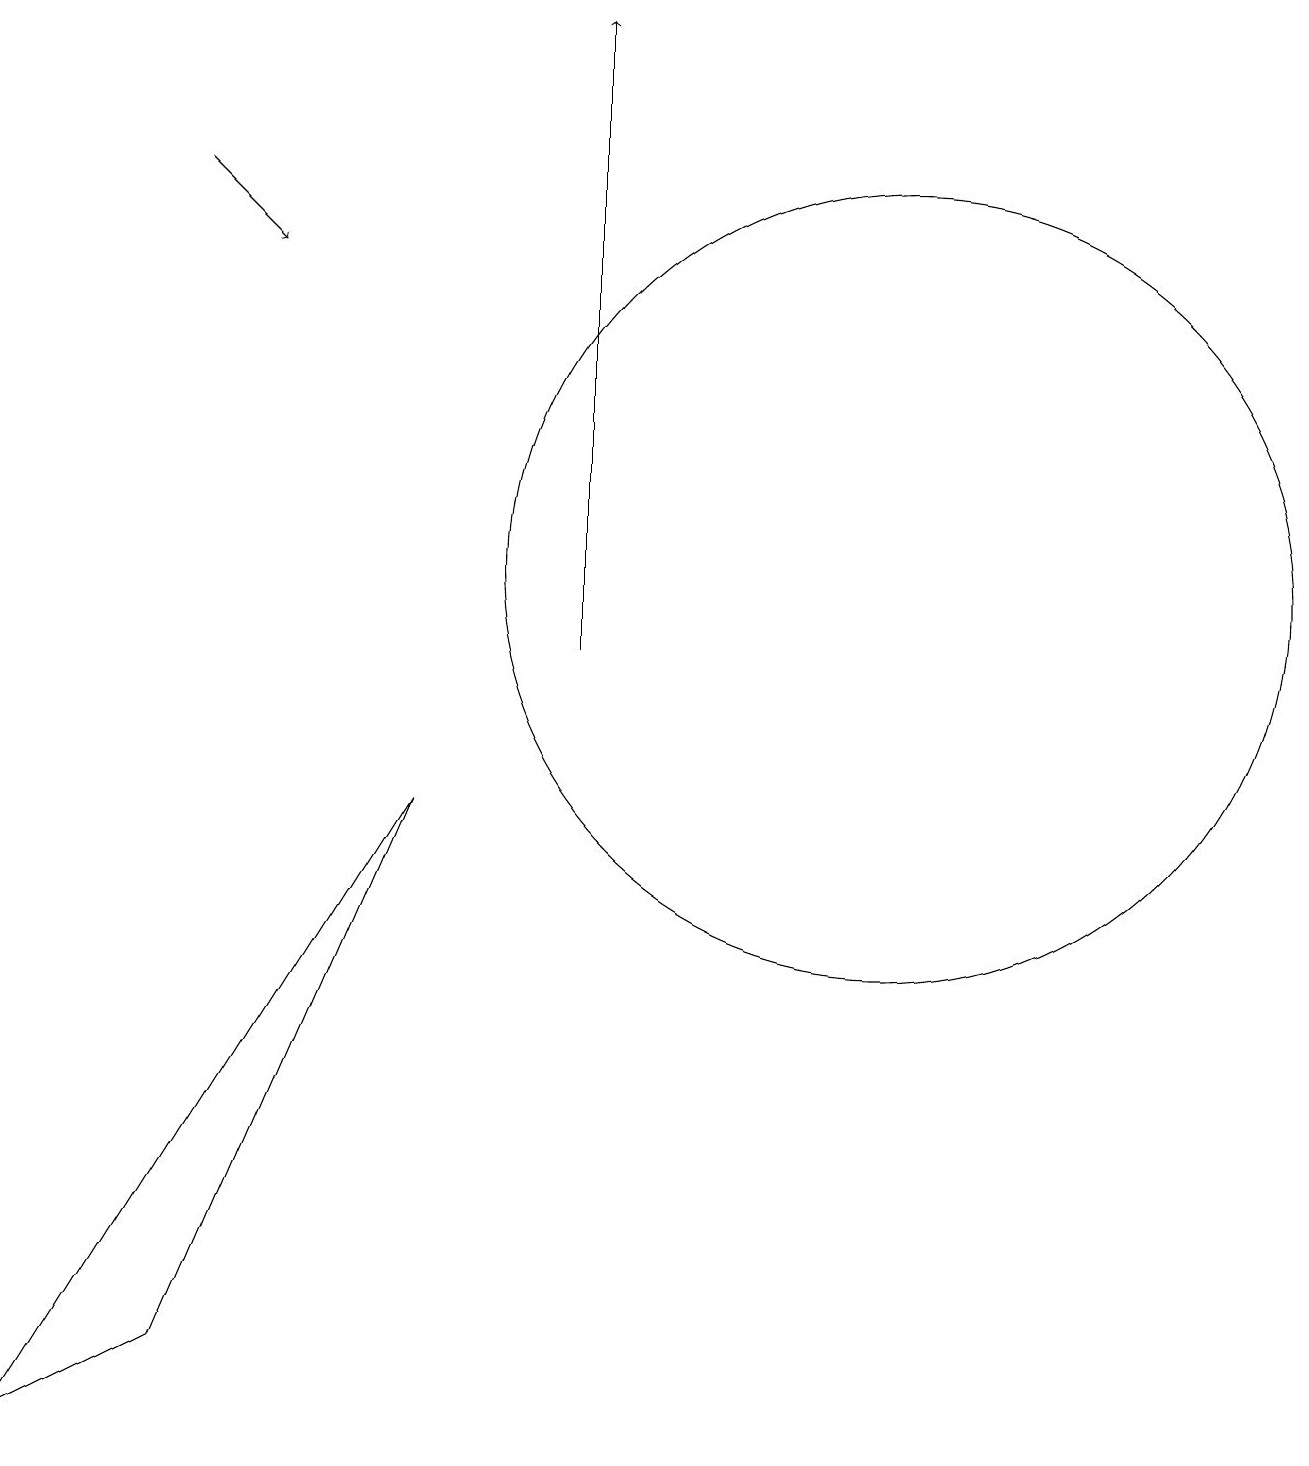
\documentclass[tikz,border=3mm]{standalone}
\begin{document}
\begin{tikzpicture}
\draw[->] (7,11) -- (7,19);
\draw (11,12) circle (5);
\draw (0,1) -- (2,2) -- (5,9) -- cycle;
\draw[->] (2,17) -- (3,16);
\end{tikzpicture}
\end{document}